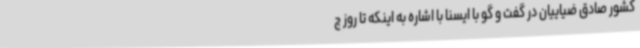
کشور صادق ضیاییان در گفت و گو با ایسنا با اشاره به اینکه تا روز چ